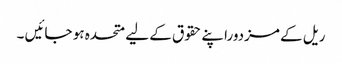
ریل کے مزدوراپنے حقوق کے لیے متحدہ ہو جائیں ۔